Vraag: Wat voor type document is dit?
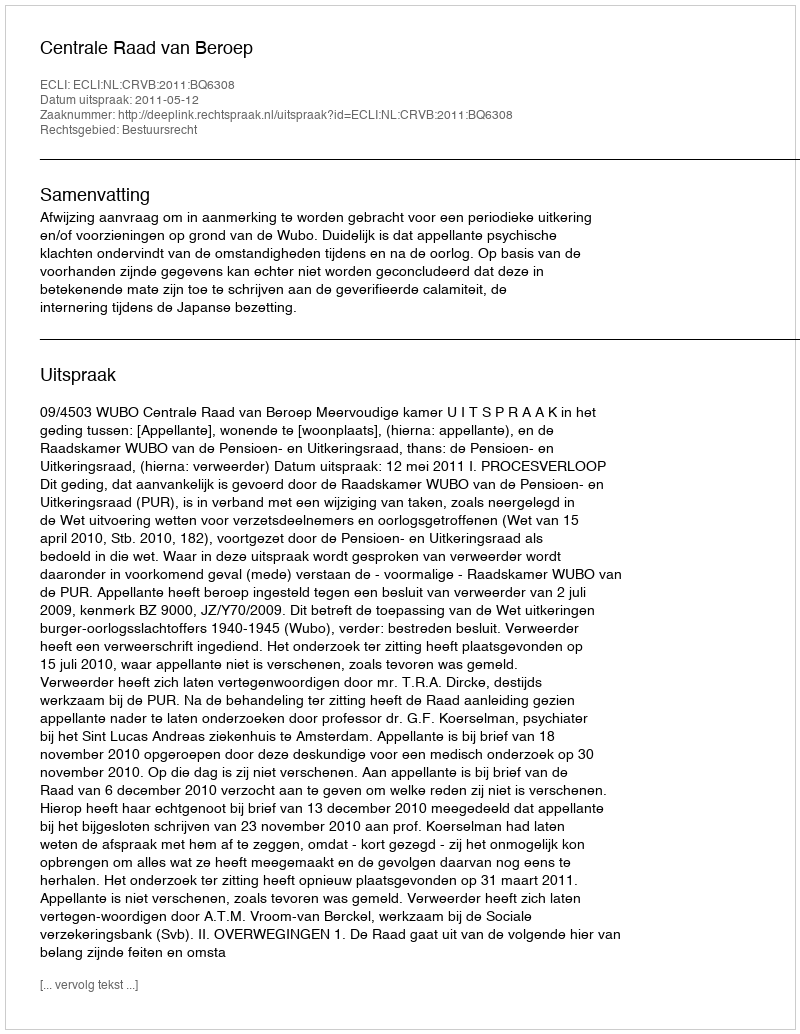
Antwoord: Uitspraak